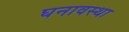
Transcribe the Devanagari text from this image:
घनावस्था